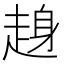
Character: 𧼅